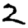
Digit: 2